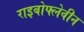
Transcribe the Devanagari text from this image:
राइबोफ्लेवीन